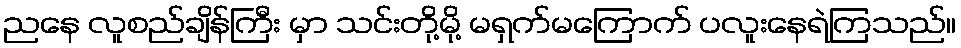
ညနေ လူစည်ချိန်ကြီး မှာ သင်းတို့မို့ မရှက်မကြောက် ပလူးနေရဲကြသည်။